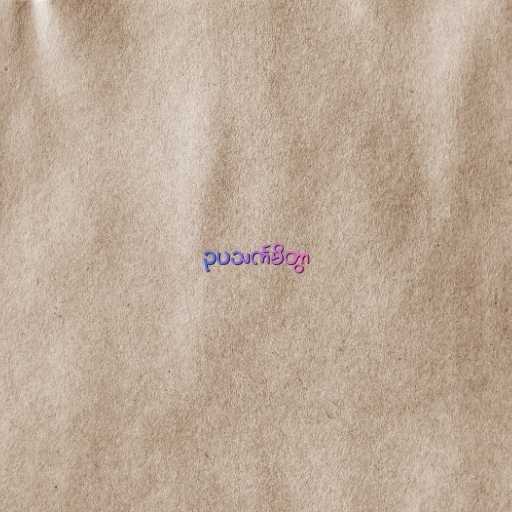
ဥပသင်္ကမိတွာ